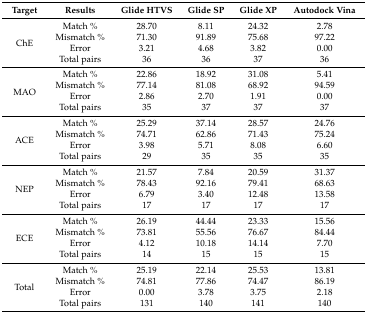
<table><thead><tr><td><b>Target</b></td><td><b>Results</b></td><td><b>Glide HTVS</b></td><td><b>Glide SP</b></td><td><b>Glide XP</b></td><td><b>Autodock Vina</b></td></tr></thead><tbody><tr><td rowspan="4">ChE</td><td>Match %</td><td>28.70</td><td>8.11</td><td>24.32</td><td>2.78</td></tr><tr><td>Mismatch %</td><td>71.30</td><td>91.89</td><td>75.68</td><td>97.22</td></tr><tr><td>Error</td><td>3.21</td><td>4.68</td><td>3.82</td><td>0.00</td></tr><tr><td>Total pairs</td><td>36</td><td>36</td><td>37</td><td>36</td></tr><tr><td rowspan="4">MAO</td><td>Match %</td><td>22.86</td><td>18.92</td><td>31.08</td><td>5.41</td></tr><tr><td>Mismatch %</td><td>77.14</td><td>81.08</td><td>68.92</td><td>94.59</td></tr><tr><td>Error</td><td>2.86</td><td>2.70</td><td>1.91</td><td>0.00</td></tr><tr><td>Total pairs</td><td>35</td><td>37</td><td>37</td><td>37</td></tr><tr><td rowspan="4">ACE</td><td>Match %</td><td>25.29</td><td>37.14</td><td>28.57</td><td>24.76</td></tr><tr><td>Mismatch %</td><td>74.71</td><td>62.86</td><td>71.43</td><td>75.24</td></tr><tr><td>Error</td><td>3.98</td><td>5.71</td><td>8.08</td><td>6.60</td></tr><tr><td>Total pairs</td><td>29</td><td>35</td><td>35</td><td>35</td></tr><tr><td rowspan="4">NEP</td><td>Match %</td><td>21.57</td><td>7.84</td><td>20.59</td><td>31.37</td></tr><tr><td>Mismatch %</td><td>78.43</td><td>92.16</td><td>79.41</td><td>68.63</td></tr><tr><td>Error</td><td>6.79</td><td>3.40</td><td>12.48</td><td>13.58</td></tr><tr><td>Total pairs</td><td>17</td><td>17</td><td>17</td><td>17</td></tr><tr><td rowspan="4">ECE</td><td>Match %</td><td>26.19</td><td>44.44</td><td>23.33</td><td>15.56</td></tr><tr><td>Mismatch %</td><td>73.81</td><td>55.56</td><td>76.67</td><td>84.44</td></tr><tr><td>Error</td><td>4.12</td><td>10.18</td><td>14.14</td><td>7.70</td></tr><tr><td>Total pairs</td><td>14</td><td>15</td><td>15</td><td>15</td></tr><tr><td rowspan="4">Total</td><td>Match %</td><td>25.19</td><td>22.14</td><td>25.53</td><td>13.81</td></tr><tr><td>Mismatch %</td><td>74.81</td><td>77.86</td><td>74.47</td><td>86.19</td></tr><tr><td>Error</td><td>0.00</td><td>3.78</td><td>3.75</td><td>2.18</td></tr><tr><td>Total pairs</td><td>131</td><td>140</td><td>141</td><td>140</td></tr></tbody></table>